Bréfritari: Ásgeir Tryggvi Friðgeirsson
Viðtakandi: Einar Friðgeirsson
Dagsetning: A-1894-09-23
Skrifað á: Hofi  N-Múl.
Ásgeir er bróðir Einars

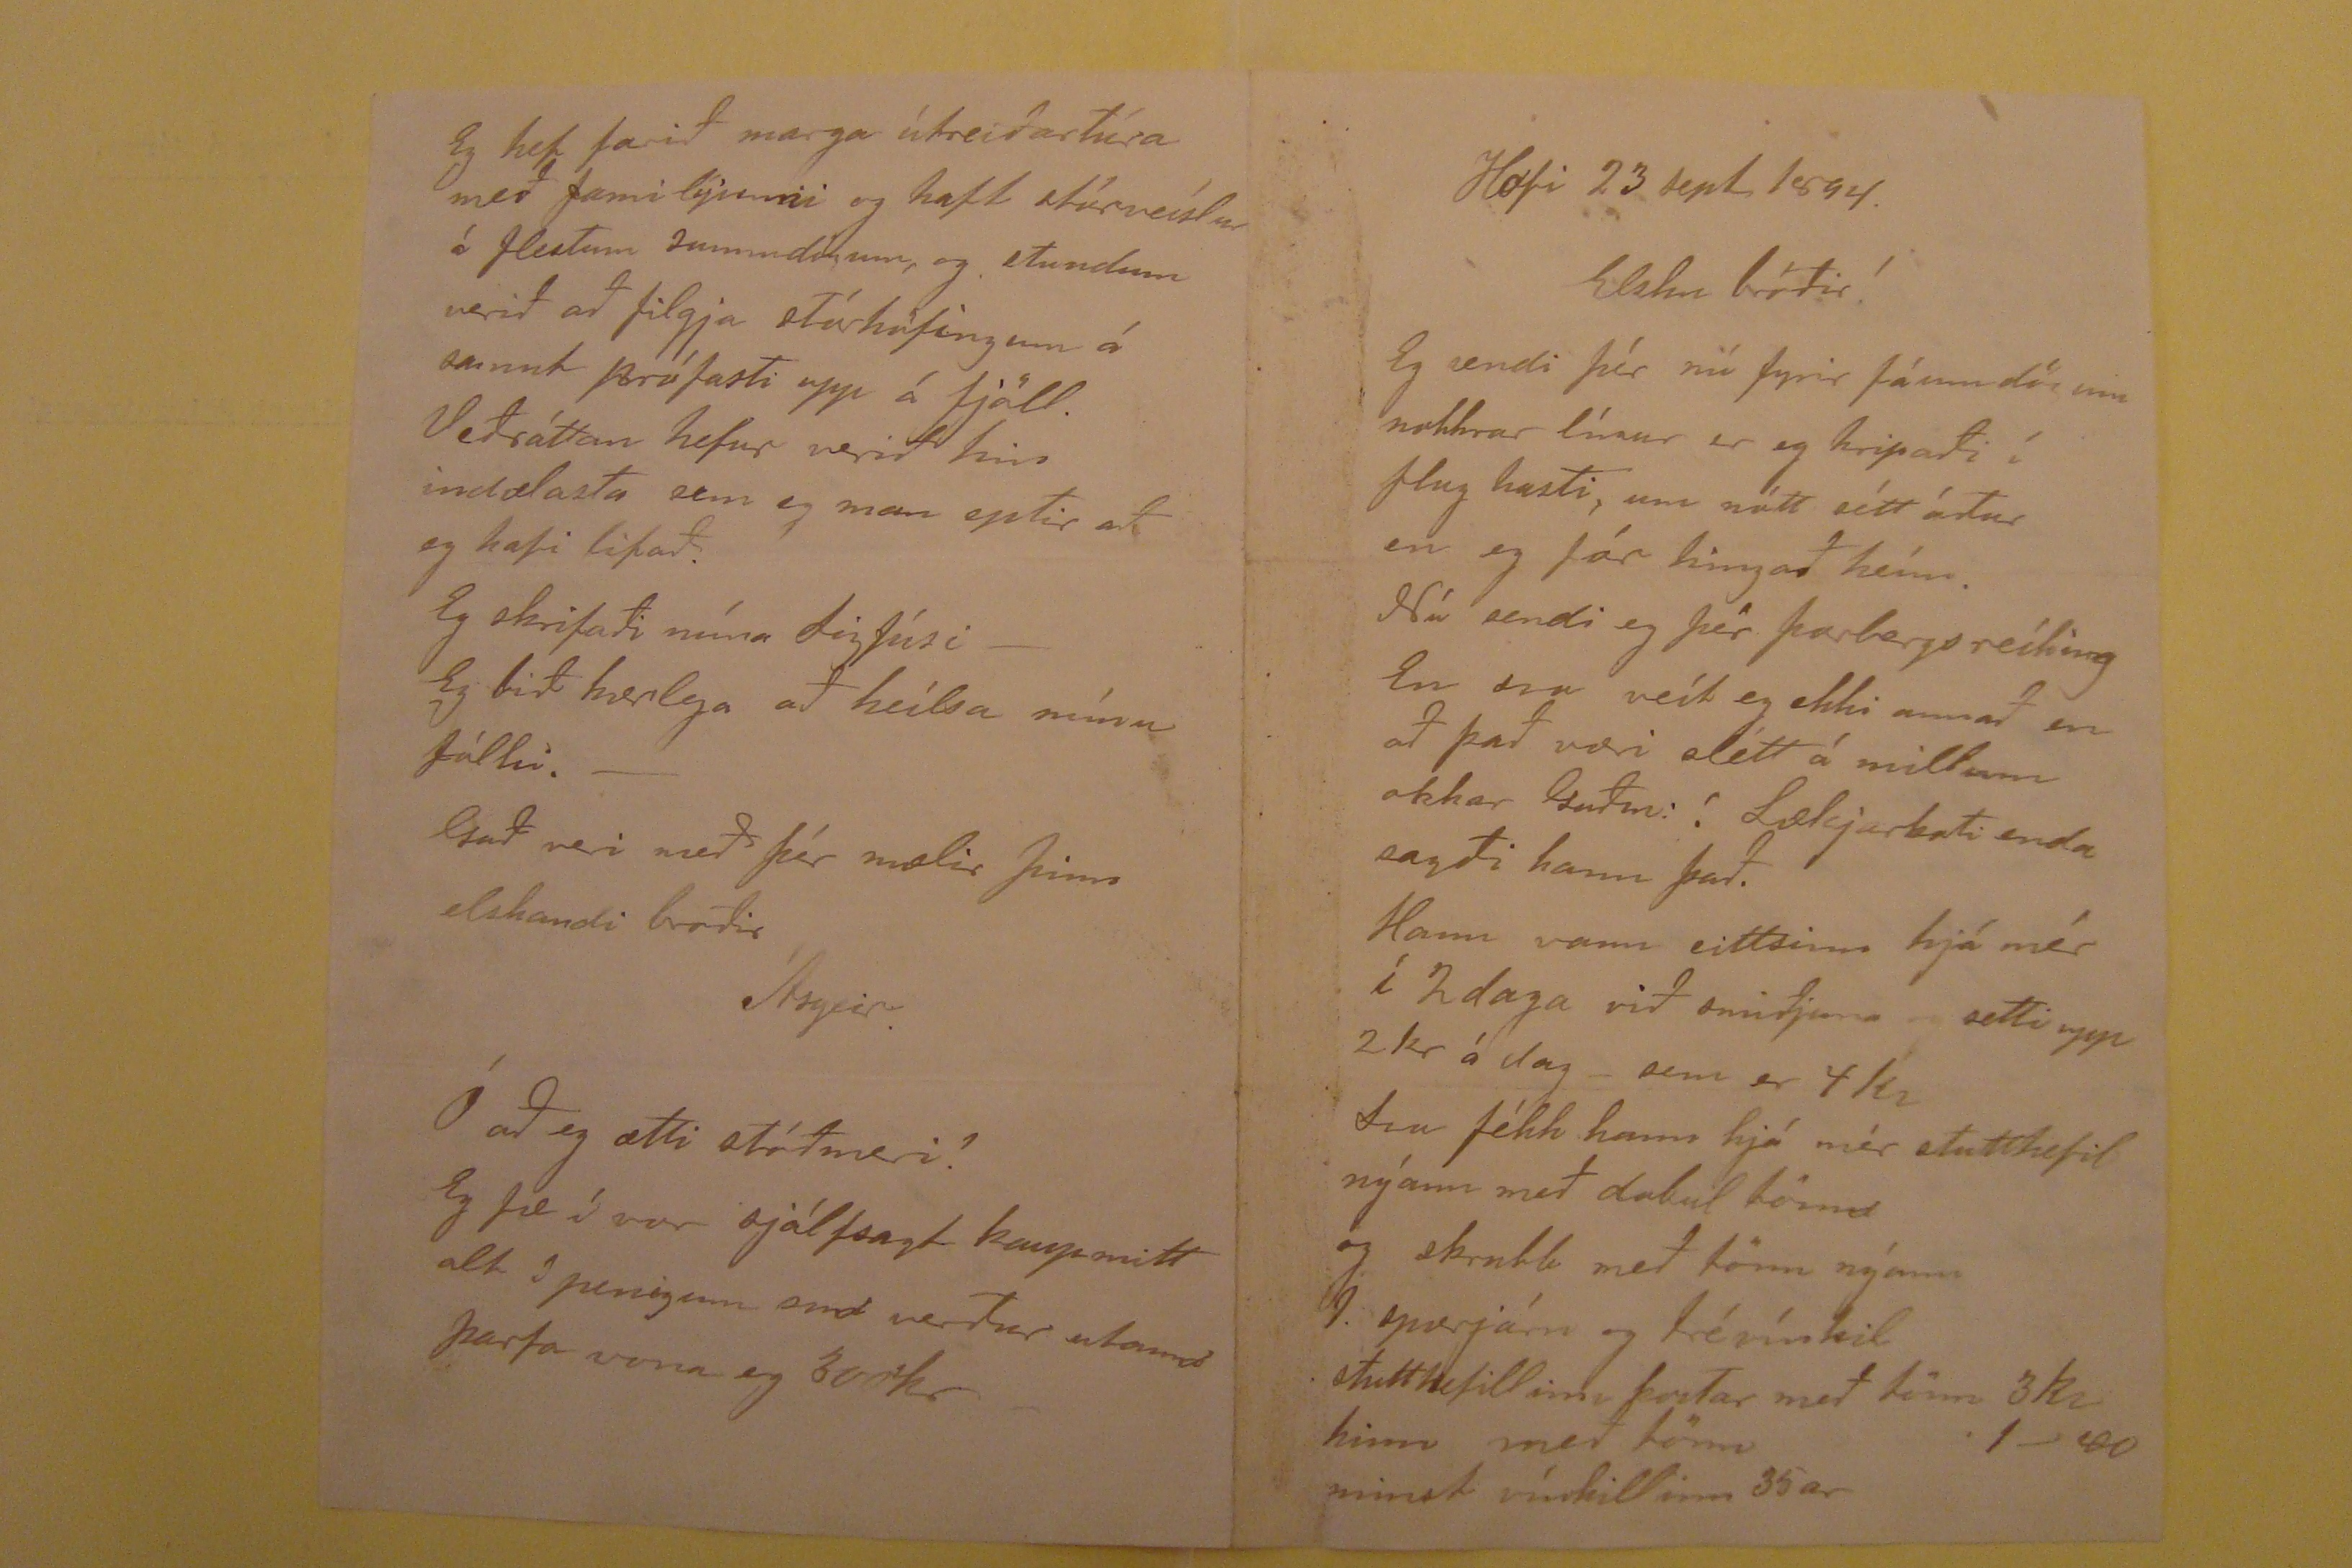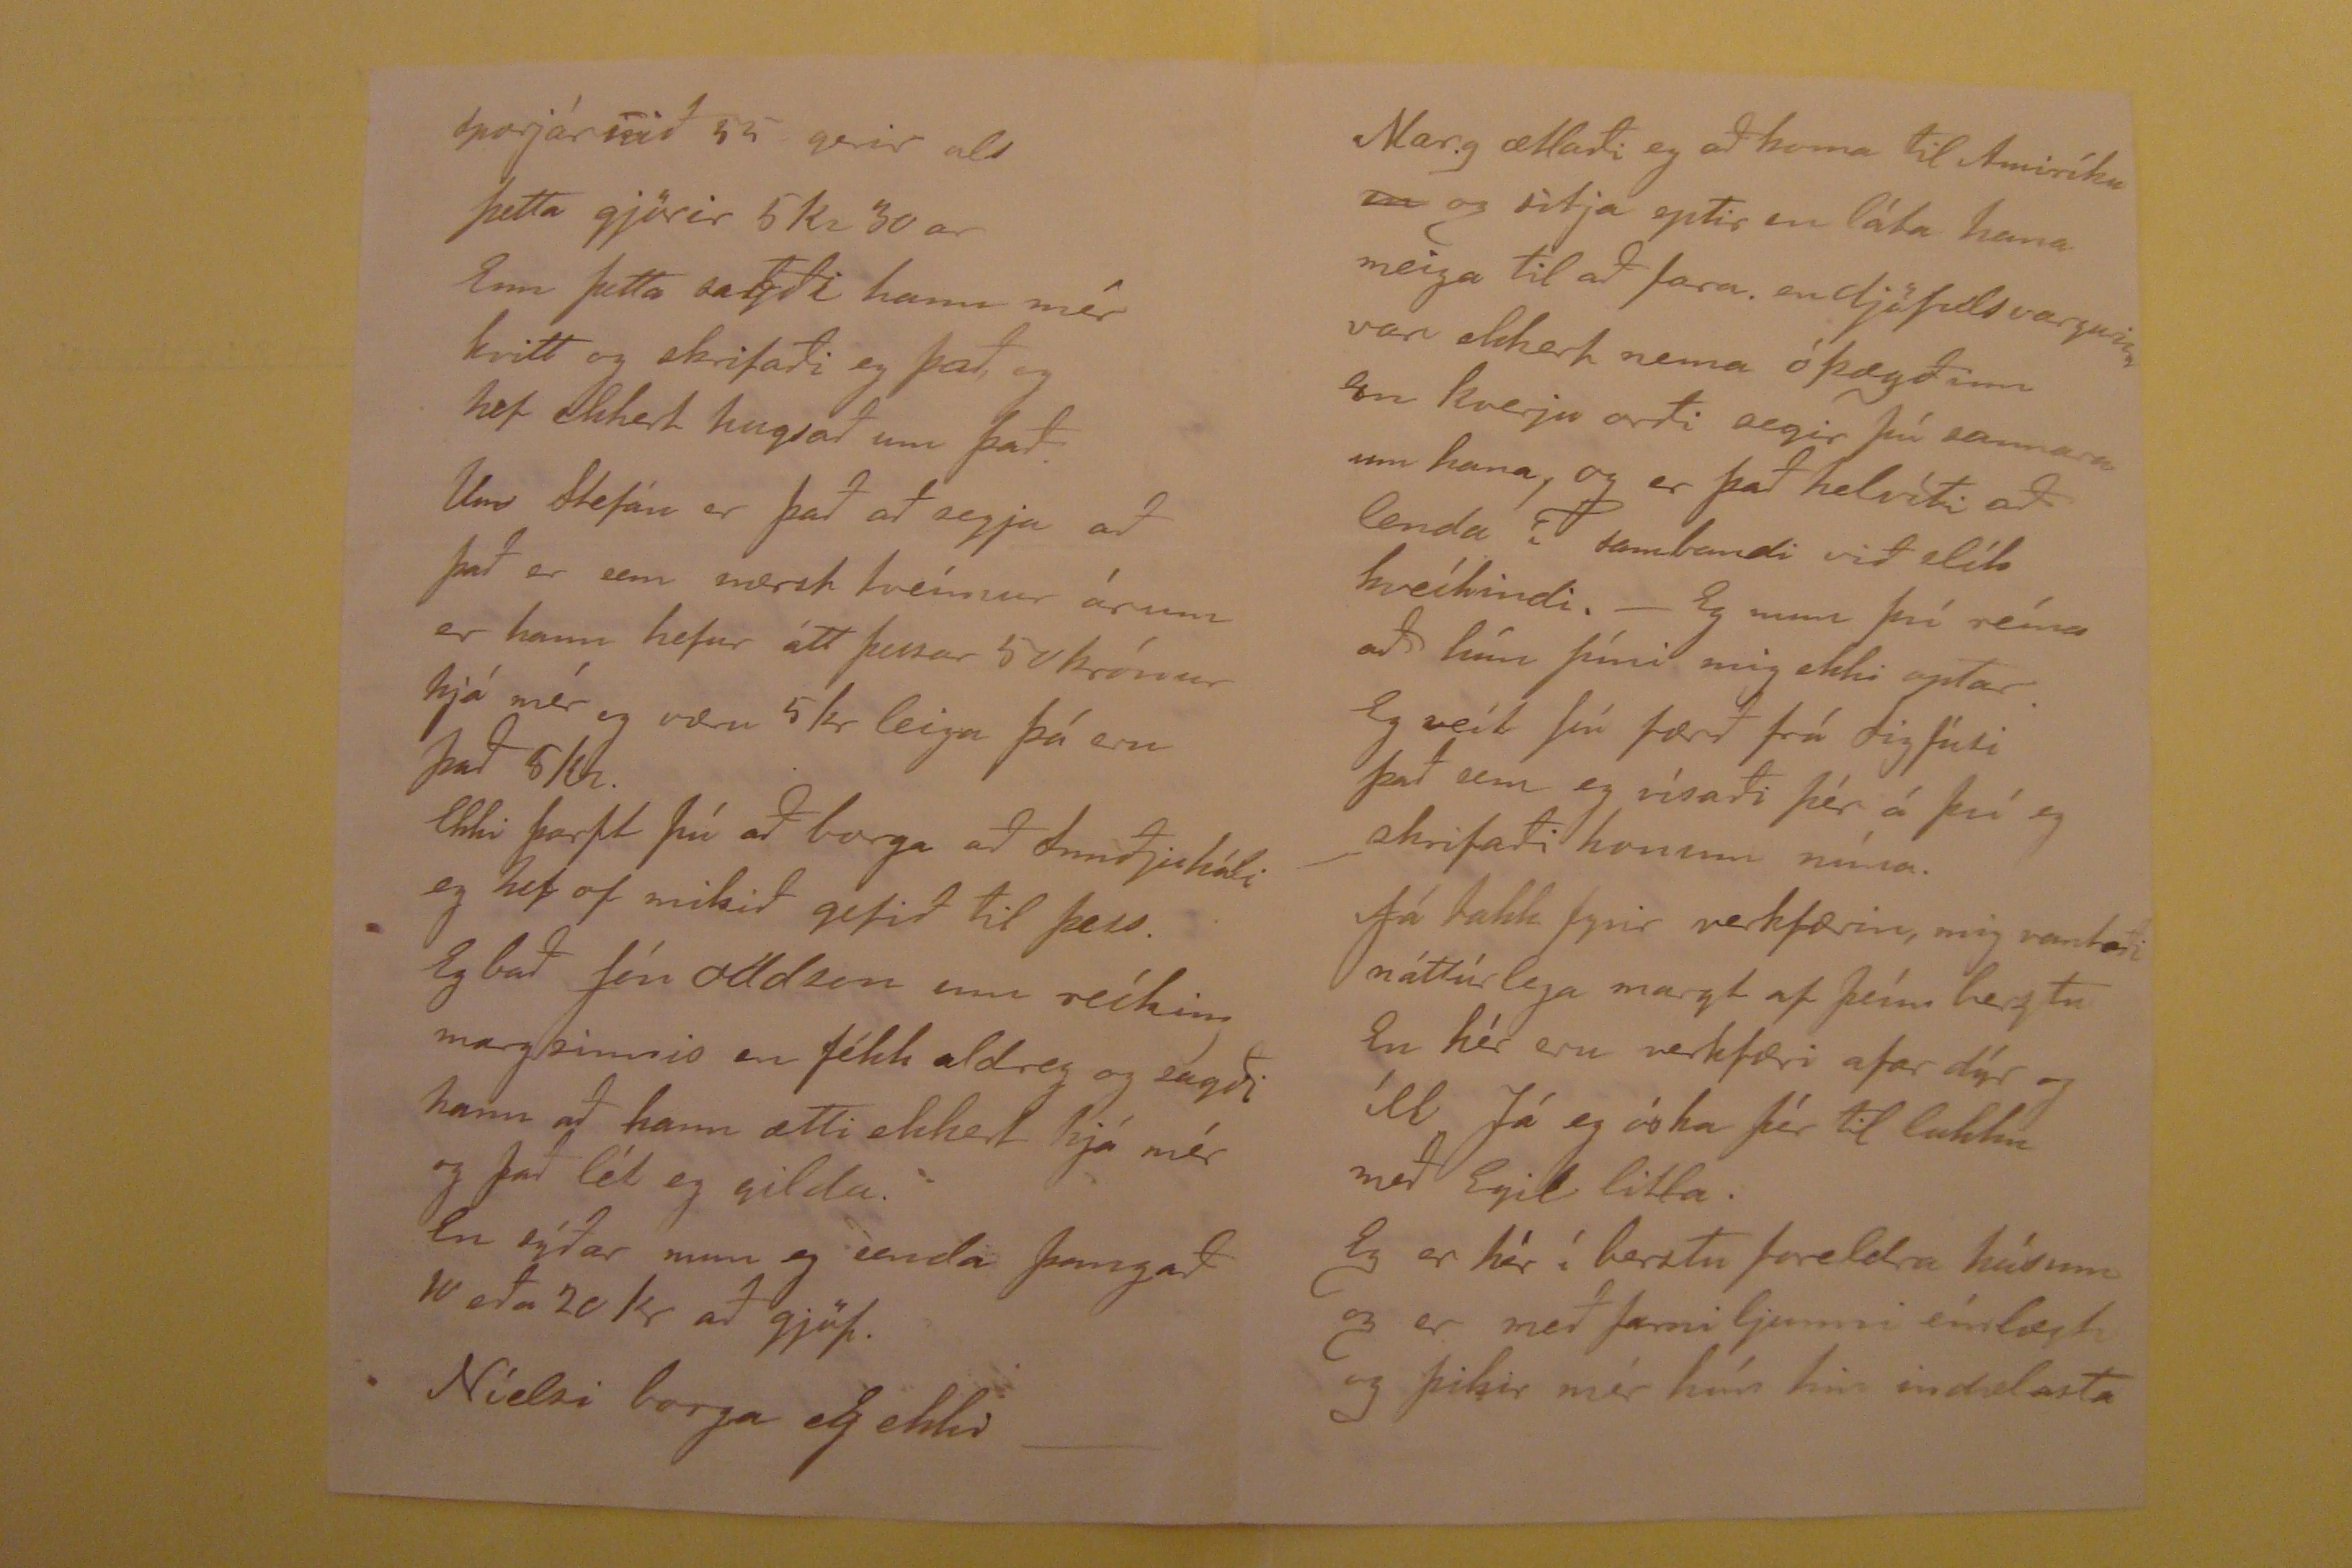

Hofi 23 sept 1894
Elsku bróðir!
Eg sendi þér nú fyrir fáum dögum nokkrar línur er eg hripaði í flug hasti, um nótt sétt áður en eg fór hingað heím. Nú sendi eg þér Þorbergsreíking En svo veít
eg ekki annað en að það væri slétt á millum okkar Guðin: ! Lækjarkoti enda sagði hann það. Hann vann eittsinn hjá mér í 2 daga við smiðjuna og setti upp 2 kr á dag _
sem er 4 kr Svo fékk hann hjá mér stutthefil nýann með dabul tönn og skrubb með tönn nýann 1. sporjárn og trévínkil stutthefillinn kostar með tönn 3 Kr hinn með
tönn 1-00 minst vínkillinn 35ar
sporjárnið 55 gerir als þetta gjörir 5 Kr 30 ar Enn þetta sagði hann mér kvitt og skrifaði eg það, og hef ekkert hugsað um það. Um Stefán er það að segja að það
er sem nærst tveímur árum er hann hefur átt þessar 50 krónur hjá mér og væru 5 kr leiga þá eru það 5 kr. Ekki þarft þú að borga að Smiðjuhóli og hef of mikið gefið
til þess. Eg bað Jón Oddson um reíkim margsinnis en fékk aldreg og sagði hann að hann ætti ekkert hjá mér og það lét eg gilda. En sýðar mun eg senda þangað 10
eða 20 kr að gjöf. Níelsi borga eg ekki___
Marg ætlaði eg að koma til Amiríku
en
og sitja eptir en láta hana meiga til að fara. endjöfulsvargurinn var ekkert
nema óþægðinn En kverju orði segir þú sannara um hana, og er það helvíti að lenda í sambandi við slík hveíkindi.- Eg mun því reína að hún píni mig ekki optar.
Eg veít þú færð frá Sigfúsi það sem eg vísaði þér á því eg skrifaði honum núna. Já takk fyrir verkfærin, mig vantaði náttúrlega margt af þeím beztu En hér eru verkfæri
afar dýr og íll Já eg óska þér til lukku með Egil litla. Eg er hér í berztu foreldra húsum og er með farni Gunni eínlægt og þikir mér hún hin indælasta
Eg hef farið marga útreiðartúra með familýuni og haft stúrveíslu á flestum sunnudögum, og stundum verið að filgja stúrhöfingum á sannt prófasti upp á fjöll.
Veiðráttan hefur verið hin indælasta sem eg man eptir af og hafi lifað. Eg skrifaði núna Sigfúsi-- Eg bið kærlega að heílsa núna fólki.-
Guð veri með þér mælir þinn elskandi bróðir
Ásgeir
Ó að eg ætti stómeri! Eg fæ í vor sjálfsagt kaupmitt alt í penigum
smt
verður
utamd
þarfa vona eg 300kr